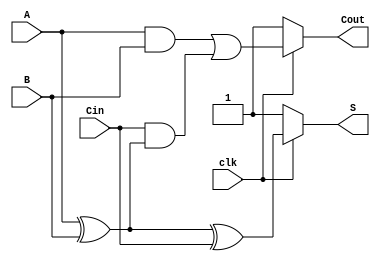
module dynamic_full_adder (
    input wire A,        // First input bit
    input wire B,        // Second input bit
    input wire Cin,      // Carry-in bit
    input wire clk,      // Clock signal
    output wire S,       // Sum output
    output wire Cout     // Carry-out output
);

    // Internal signals for dynamic logic
    wire S_precharge;
    wire Cout_precharge;
    
    // Precharge phase (when clk is low)
    assign S_precharge = clk ? 1'b0 : 1'b1; // Precharge S to 1
    assign Cout_precharge = clk ? 1'b0 : 1'b1; // Precharge Cout to 1

    // Evaluation phase (when clk is high)
    wire A_xor_B = A ^ B; // A XOR B
    wire A_and_B = A & B; // A AND B
    wire Cin_and_A_xor_B = Cin & A_xor_B; // Cin AND (A XOR B)

    // Sum output (S = A XOR B XOR Cin)
    assign S = clk ? (A_xor_B ^ Cin) : S_precharge;

    // Carry-out output (Cout = (A AND B) OR (Cin AND (A XOR B)))
    assign Cout = clk ? (A_and_B | Cin_and_A_xor_B) : Cout_precharge;

endmodule